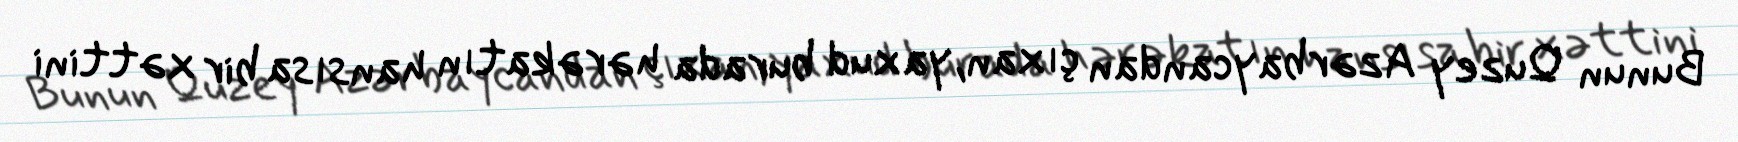
Bunun Quzey Azərbaycandan çıxan, yaxud burada hərəkatın hansısa bir xəttini